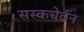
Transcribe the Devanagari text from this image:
सस्कचेवन